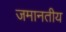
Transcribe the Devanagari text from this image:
जमानतीय